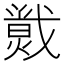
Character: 𱬛